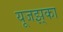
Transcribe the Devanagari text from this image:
यूजझ्‌का